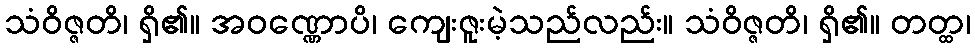
သံဝိဇ္ဇတိ၊ ရှိ၏။ အဝဏ္ဏောပိ၊ ကျေးဇူးမဲ့သည်လည်း။ သံဝိဇ္ဇတိ၊ ရှိ၏။ တတ္ထ၊